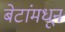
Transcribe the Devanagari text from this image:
बेटांमधून